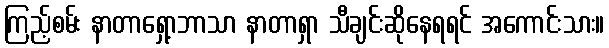
ကြည့်စမ်း နာတာရှော့ဘာသာ နာတာရှာ သီချင်းဆိုနေရရင် အကောင်းသား။